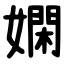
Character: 嫻